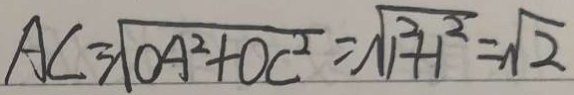
A C = \sqrt { O A ^ { 2 } + O C ^ { 2 } } = \sqrt { 1 ^ { 2 } + 1 ^ { 2 } } = \sqrt { 2 }